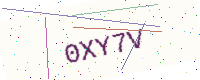
Text: 0XY7V